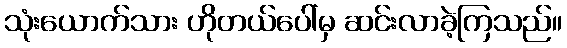
သုံးယောက်သား ဟိုတယ်ပေါ်မှ ဆင်းလာခဲ့ကြသည်။